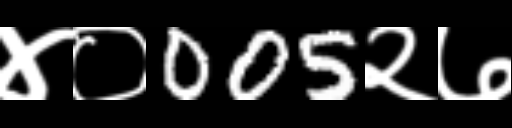
Text: ४०005२७